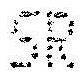
SR